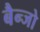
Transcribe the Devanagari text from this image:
बैन्जो